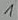
Text: 1